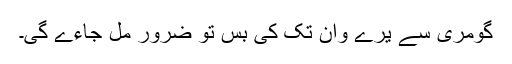
گومری سے یرے وان تک کی بس تو ضرور مل جاءے گی۔